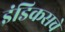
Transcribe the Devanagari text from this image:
इंडिकसचे